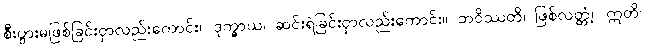
စီးပွားမဖြစ်ခြင်းငှာလည်းကောင်း။ ဒုက္ခာယ၊ ဆင်းရဲခြင်းငှာလည်းကောင်း။ ဘဝိဿတိ၊ ဖြစ်လတ္တံ့။ ဣတိ၊